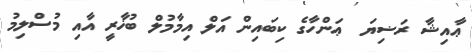
ޢާއިޝާ ރަޟިޔަ  ޢަންހާގެ ކިބައިން އަލް އިމާމުލް ބުޚާރީ އާއި މުސްލިމު